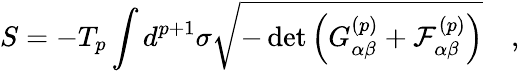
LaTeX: S=-T_{p}\int d^{p+1}\sigma\sqrt{-\operatorname*{det}\left(G_{\alpha\beta}^{(p)}+{\cal{F}}_{\alpha\beta}^{(p)}\right)}\quad,